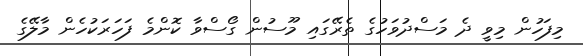
މިފަހުން މިވީ ދެ މަސްދުވަހުގެ ތެރޭގައި މޫސުން ގޯސްވާ ކޮންމެ ފަހަރަކުހެން މާލޭގެ